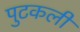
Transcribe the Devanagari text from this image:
पुटकली